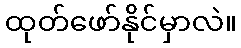
ထုတ်ဖော်နိုင်မှာလဲ။